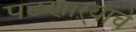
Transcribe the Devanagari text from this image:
पडणाऱ्यांचे